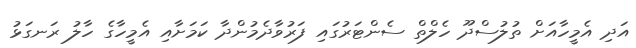
އަދި އެމީހާއަށް ތުލުސްދޫ ހެލްތް ސެންޓަރުގައި ފަރުވާދެމުންދާ ކަމަށާއި އެމީހާގެ ހާލު ރަނގަޅު